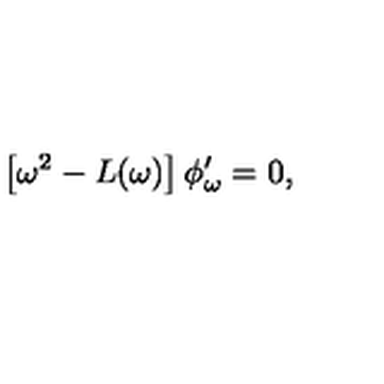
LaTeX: \left[ \omega ^ { 2 } - L ( \omega ) \right] \phi _ { \omega } ^ { \prime } = 0 ,